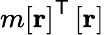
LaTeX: m\left[\mathbf{r}\right]^{\mathsf{T}}\left[\mathbf{r}\right]